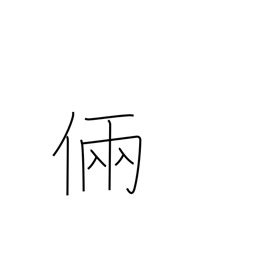
Meaning: skill